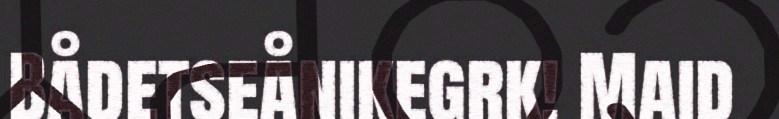
Bådetseånikegrk! Maid